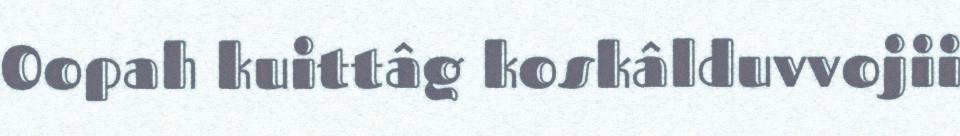
Oopah kuittâg koskâlduvvojii